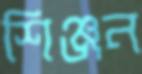
শিঞ্জন